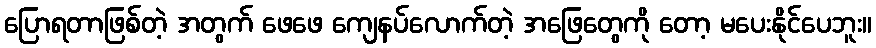
ပြောရတာဖြစ်တဲ့ အတွက် ဖေဖေ ကျေနပ်လောက်တဲ့ အဖြေတွေကို တော့ မပေးနိုင်ပေဘူး။